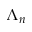
\Lambda _ { n }